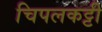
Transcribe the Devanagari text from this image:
चिपलकट्टी